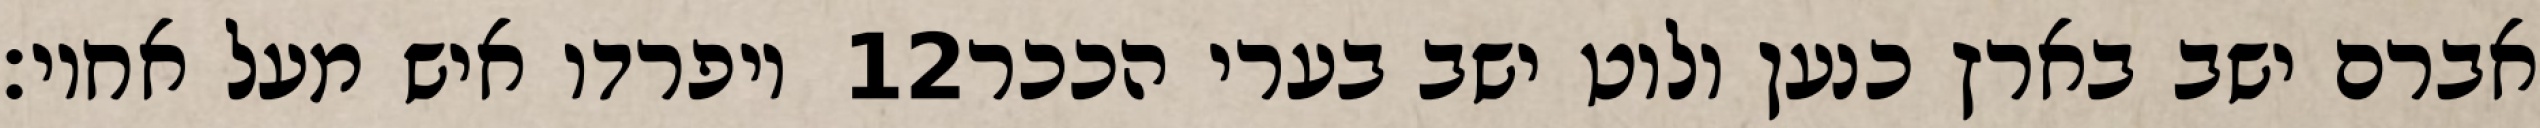
ויפרדו איש מעל אחיו׃ ‎12‏ אברם ישב בארץ כנען ולוט ישב בערי הככר